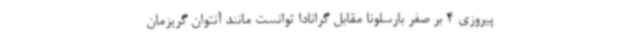
پیروزی 4 بر صفر بارسلونا مقابل گرانادا توانست مانند آنتوان گریزمان